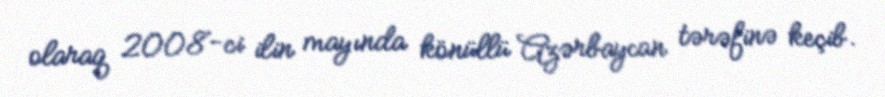
olaraq 2008-ci ilin mayında könüllü Azərbaycan tərəfinə keçib.